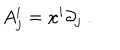
A _ { j } ^ { i } = x ^ { i } \partial _ { j } \; .